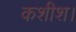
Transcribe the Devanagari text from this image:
कशीश।